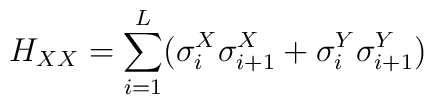
H_{XX} =\sum^L_{i=1}( \sigma^X_i \sigma^X_{i+1} +\sigma^Y_i \sigma^Y_{i+1} )